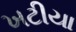
ખટીયા